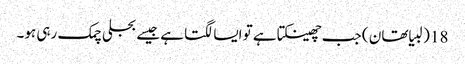
18 (لبیا تھان ) جب چھینکتا ہے تو ایسا لگتا ہے جیسے بجلی چمک رہی ہو۔